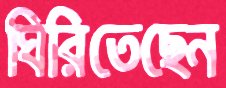
ঘিরিতেছেন